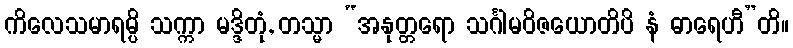
ကိလေသမာရမ္ပိ သက္ကာ မဒ္ဒိတုံ, တသ္မာ “အနုတ္တရော သင်္ဂါမဝိဇယောတိပိ နံ ဓာရေဟီ”တိ။